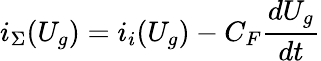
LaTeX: i_{\Sigma}(U_{g})=i_{i}(U_{g})-C_{F}{\frac{dU_{g}}{dt}}